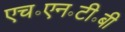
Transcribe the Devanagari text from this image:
एच॰एन॰टी॰बी